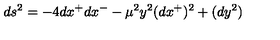
d s ^ { 2 } = - 4 d x ^ { + } d x ^ { - } - \mu ^ { 2 } y ^ { 2 } ( d x ^ { + } ) ^ { 2 } + ( d y ^ { 2 } )